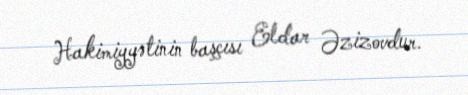
Hakimiyyətinin başçısı Eldar Əzizovdur.